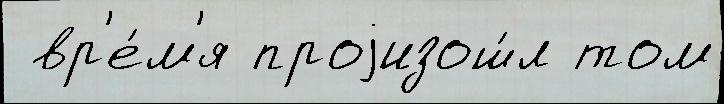
 вр'е́м'я проjизош́л том